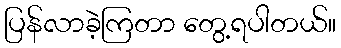
ပြန်လာခဲ့ကြတာ တွေ့ရပါတယ်။